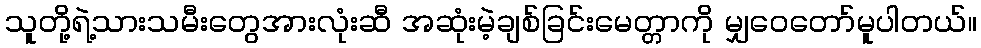
သူတို့ရဲ့သားသမီးတွေအားလုံးဆီ အဆုံးမဲ့ချစ်ခြင်းမေတ္တာကို မျှဝေတော်မူပါတယ်။